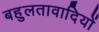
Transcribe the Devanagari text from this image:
बहुलतावादियों